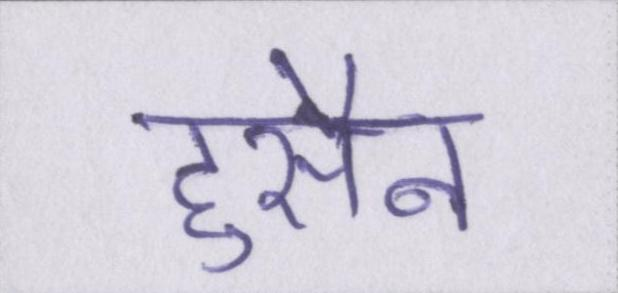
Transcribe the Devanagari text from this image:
हुसैन